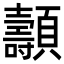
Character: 𩕯